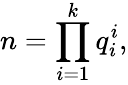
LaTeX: n=\prod_{i=1}^{k}q_{i}^{i},